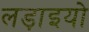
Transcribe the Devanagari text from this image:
लड़ाइयो